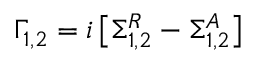
\Gamma _ { 1 , 2 } = i \left[ \Sigma _ { 1 , 2 } ^ { R } - \Sigma _ { 1 , 2 } ^ { A } \right]